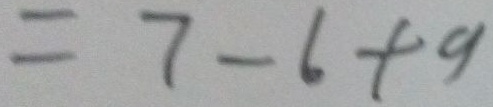
= 7 - 6 + 9